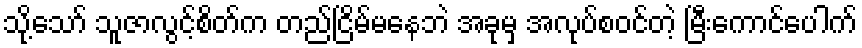
သို့သော် သူဇာလွင့်စိတ်က တည်ငြိမ်မနေဘဲ အခုမှ အလုပ်စဝင်တဲ့ မြီးကောင်ပေါက်